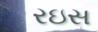
રઇસ